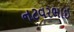
નટવરભાઈ